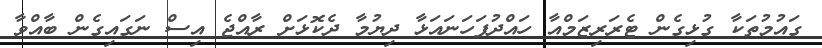
ގައުމުތަކާ ގުޅިގެން ޓެރަރިޒަމްއާ ހައްދުފަހަނައަޅާ ދިޔުމާ ދެކޮޅަށް ރާއްޖެ އިސް ނަގައިގެން ބާއްވާ